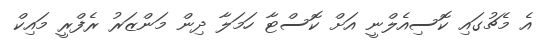
އެ މެޗުގައި ކޮސިއެލްނީ އަށް ކޮސްޓާ ހަމަލާ ދިން މަންޒަރު ރެފްރީ މައިކް